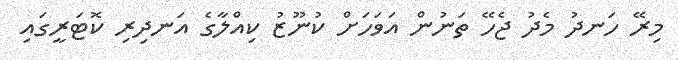
މިރޭ ހަނދު މެދު ޖެހޭ ތަނުން އަވަހަށް ކުނޫޒު ކިއްލާގެ އަނދިރި ކޮޓަރީގައި